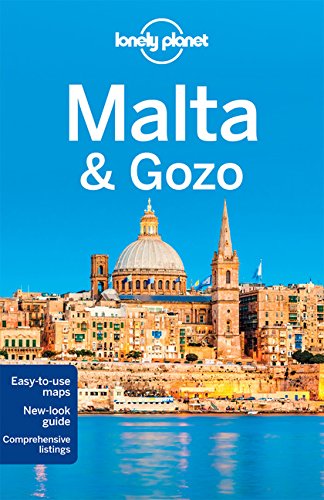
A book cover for Lonely Planet Malta & Gozo (Travel Guide); Lonely Planet; Travel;